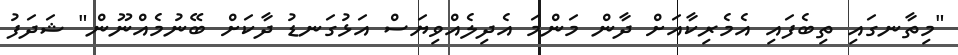
"މިތާނގައި ތިބެފައި އެމެރިކާއަށް ދާން މަންމަ އެދިލެއްވިޔަސް އަޅުގަނޑު ދާކަށް ބޭނުމެއްނޫން" ޝަދަފު